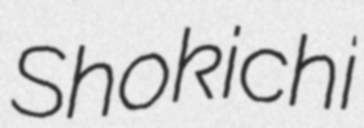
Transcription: Shokichi